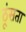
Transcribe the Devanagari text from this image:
ठूंसता